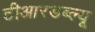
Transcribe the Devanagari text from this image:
टीआरडब्ल्यू